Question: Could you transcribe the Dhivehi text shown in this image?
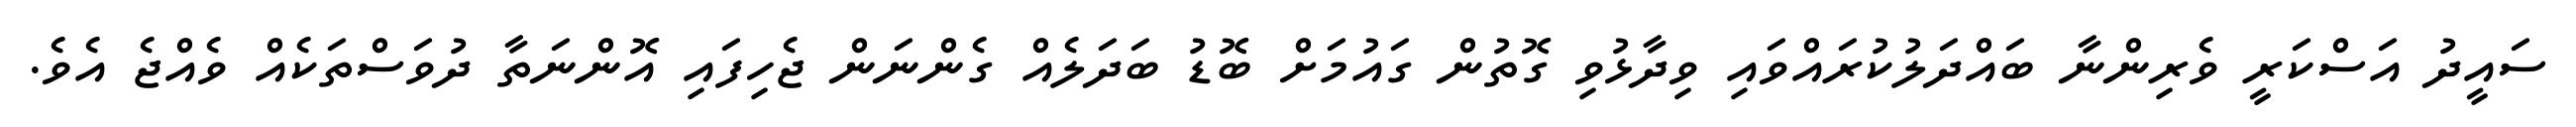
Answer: ސައީދު އަސްކަރީ ވެރިންނާ ބައްދަލުކުރައްވައި ވިދާޅުވި ގޮތުން ގައުމަށް ބޮޑު ބަދަލެއް ގެންނަން ޖެހިފައި އޮންނަތާ ދުވަސްތަކެއް ވެއްޖެ އެވެ.